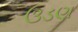
ઉડણ